Annual report on the health of the army in India
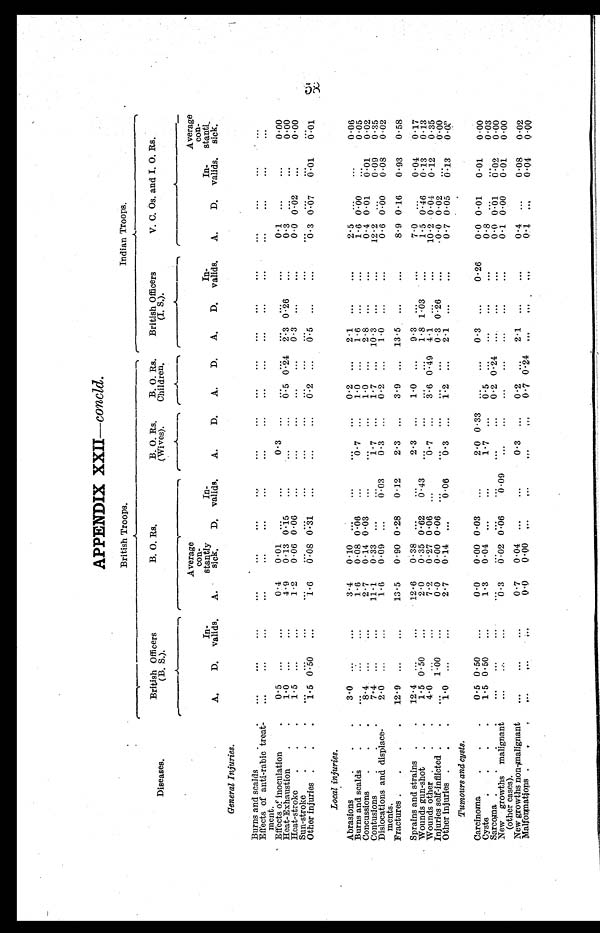
APPENDIX XXII—concld.
British Troops.
Indian Troops.
Diseases.
British Officers
(B. S.).
B. O. Rs.
B. O.Rs.
(Wives).
B. 0. Rs.
Children.
British Officers
(I. S.).
V. C. Os. and I. 0. Rs.
A.
D.
In-
valids. A.
Average
con
stantly
sick. D.
In-
valids. A.
D. A. D.
A
D.
In-
valids. A.
D.
In-
valids.
Average
con
stantl
y sick.
General Injuries.
Burnsand scalds.
...
...
...
...
...
...
...
...
... ... ... ... ...
...
...
...
... ...
Effectsof anti-rabic treat
ment.
... ...
. . .
...
...
...
...
...
... ...
. . . ... ...
...
...
. . . ...
. . .
Effects of inoculation
0.5 ...
...
0.4 0.01 ... ...
0.3 ... ... ... ... ...
...
0.1
. . . ...
0.00
Heat-Exhaustion
.
1.0 ...
...
4.9 0.13 0.15 ...
...
...
0.5 0.24 2.3 0.26 ...
0.3
. . . ...
0.00
Heat-stroke . . .
1.5 ... ...
1.2 0.06 0.06 ...
...
... ... ...
0.3 ...
...
0.0 0.02 ...
0.00
Sun-stroke
. . .
...
...
...
... ...
...
...
...
... ... ... ... ...
...
...
. . .
...
...
Other injuries . . .
1.5 0.50 ...
1.6 0.08
0 . 3 1 ...
...
... 0.2
. . . 0.5 ...
...
0.3 0.07 0.01 0.01
Local injuries.
Abrasions
3.0 ...
...
3.4 0.10 ...
...
. . . ... 0.2
. . . 2.1 ...
...
2.5
. . . ...
0.06
Burns and scalds
. .
... ...
...
1.6 0.08 0.06 ...
0.7 ...
1.0
. . . 1.6 ...
...
1.6 0.00 ...
0.05
Concussions
. . .
8.4 ...
...
2.7 0.14 0.03 ...
...
...
1.0
. . . 2.8 ...
...
0.4 0.01 0.01 0.02
Contusions
. . .
7.4 ...
...
11.1 0.33 ...
...
1.7 ...
1.7
. . . 10.3 ...
...
12.2
. . .
0.09 0.35
Dislocations and displace
ments.
2.0 ...
...
1.6 0.09 ...
0.03
0.3 ...
0.2
. . . 1.0 ...
...
0.6 0.00 0.08 0.02
Fractures . . . .
12.9 ...
...
13.5 0.90 0.28 0.12
2.3 ...
3.9
. . . 13.5 ...
...
8.9 0.16 0.93 0.58
Sprains and strains . .
12.4 ...
...
12.6 0.38 ... ...
2.3 ...
1.0
. . . 9.3 ...
...
7.0
. . .
0.04 0.17
Wounds gun-shot .
1.5 0.50 ...
2.0 0.35 0.62 0.43 ... ...
...
. . . 1.8 1.03 ...
1.5 0.46 0.13 0.13
Wounds other . . .
4.0 ... ...
7.2 0.27 0.06 ...
0.7 .... 3.6 0.49 4.1 ...
...
10.2 0.04 0.12 0.35
Injuries self-inflicted . .
...
1.00 ...
0.0 0.00 0.06 ...
. . . ... ...
. . . 0.3 0.26 ...
0.0 0.02 ...
0.00
Other injuries . . .
1.0 ...
...
2.7 0.14 ...
0.06 0.3 ...
1.2
. . . 2.1 ...
...
0.7 0.05 0.13 0.03
Tumours and cysts.
Carcinoma
0.5 0.50 ...
0.0 0.00 0.03 ...
2.0 0.33 ...
. . . 0.3 ...
0.26
0.0 0.01 0.01 0.00
Cysts.
. . .
1.5 0.50 ...
1.3 0.04 ...
1.7 ... 0.5
. . . ... ...
...
0.8
. . . ...
0.03
Sarcoma . .
...
...
...
... ...
... ...
...
... 0.2 0.24 ... ...
...
0.0 0.01 0.02 0.00
New growths malignan
t (other cases).
... ...
...
0.3 0.02 0.06 0.09 ... ... ...
. . . ... ...
...
0.1 0.00 0.01 0.00
New growths non-malignant
Malformations
...
... ...
0.7 0.04 ... ...
0.3 ...
0.2
. . . 2.1 ...
...
0.4
. . .
0.08 0.02
..
...
...
0.0 0.00 ...
...
. . . ... 0.7 0.24 ... ...
...
0.1
. . .
0.04
0 . 0 0
58 58